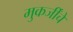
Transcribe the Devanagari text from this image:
मुकर्जींचे